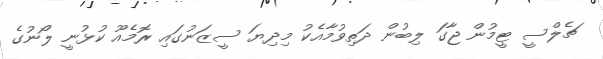
ޗެލްސީ ޓީމުން ޖާގަ ލިބުން ދަތިވުމާއެކު މިދިޔަ ސީޒަނުގައި ރޮމެއޫ ކުޅުނީ ލޯނުގެ